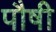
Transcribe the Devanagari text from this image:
पौषी